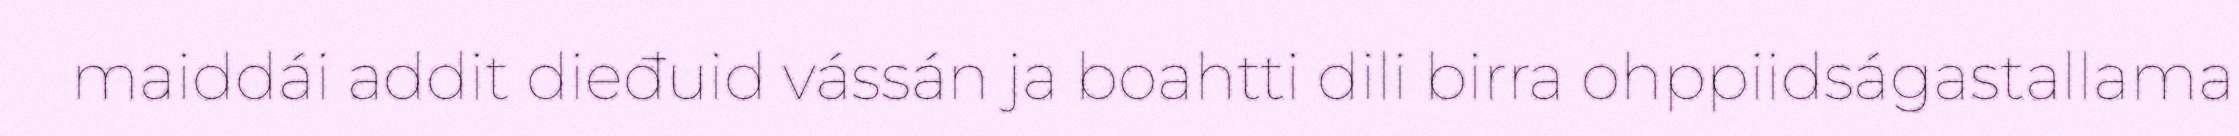
maiddái addit dieđuid vássán ja boahtti dili birra ohppiidságastallama